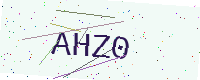
Text: AHZ0